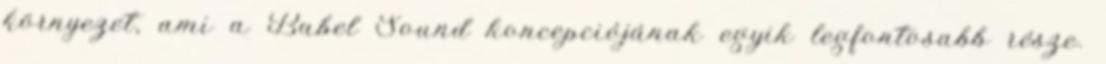
környezet, ami a Babel Sound koncepciójának egyik legfontosabb része.